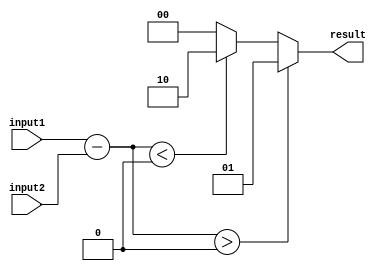
module InequalityComparator (
    input wire [7:0] input1,
    input wire [7:0] input2,
    output reg [1:0] result
);

reg [7:0] diff;

always @* begin
    diff = input1 - input2;
    if (diff > 0)
        result = 2'b01; // Greater than
    else if (diff < 0)
        result = 2'b10; // Less than
    else
        result = 2'b00; // Equal
end

endmodule